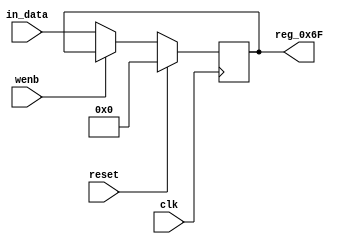
module r_TX_BUF_OBJ7_BYTE_3(output reg [7:0] reg_0x6F, input wire reset, input wire wenb, input wire [7:0] in_data, input wire clk);
	always@(posedge clk)
	begin
		if(reset==0) begin
			if(wenb==0)
				reg_0x6F<=in_data;
			else
				reg_0x6F<=reg_0x6F;
		end
		else
			reg_0x6F<=8'h00;
	end
endmodule